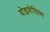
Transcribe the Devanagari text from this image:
वोइवोदिष्प